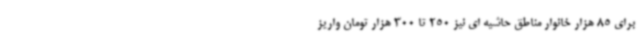
برای 85 هزار خانوار مناطق حاشیه ای نیز 250 تا 300 هزار تومان واریز